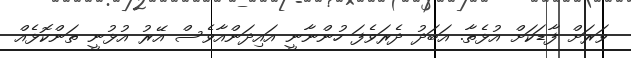
ވަރަށް ފާޑަކަށް އުޅެތާ. އަބަދު ދެރަވެފަ ހުންނާނީ އައިދަންއާވެސް އޭރު އުޅުނީ ތަންކޮޅެއް